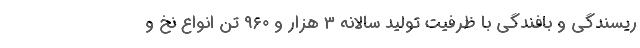
ریسندگی و بافندگی با ظرفیت تولید سالانه ۳ هزار و ۹۶۰ تن انواع نخ و